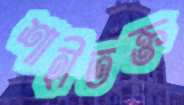
শাহীতক্ত